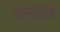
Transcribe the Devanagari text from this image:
बलाकिरेव